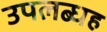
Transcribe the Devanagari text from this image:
उपलब्धह